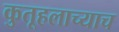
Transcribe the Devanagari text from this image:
कुतूहलाच्याच